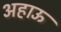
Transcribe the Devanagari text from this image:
अहाऊ